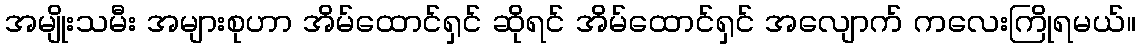
အမျိုးသမီး အများစုဟာ အိမ်ထောင်ရှင် ဆိုရင် အိမ်ထောင်ရှင် အလျောက် ကလေးကြိုရမယ်။